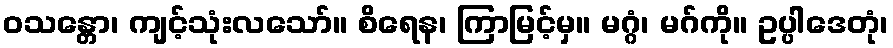
ဝသန္တော၊ ကျင့်သုံးလသော်။ စိရေန၊ ကြာမြင့်မှ။ မဂ္ဂံ၊ မဂ်ကို။ ဥပ္ပါဒေတုံ၊